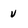
Character: v